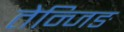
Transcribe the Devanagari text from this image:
तेन्जिङ